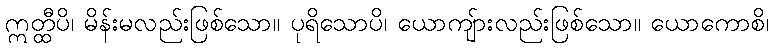
ဣတ္ထီပိ၊ မိန်းမလည်းဖြစ်သော။ ပုရိသောပိ၊ ယောကျ်ားလည်းဖြစ်သော။ ယောကောစိ၊